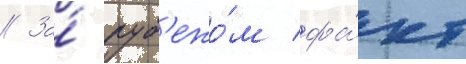
// За́ руб'ежо́м фа́кт